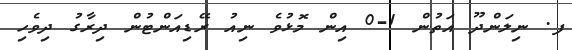
ފ. ނިލަންދޫ އަތުން 1-0 އިން މޮޅުވެ ނިއު ރޭޑިއަންޓުން ދިރާގު ދިވެހި